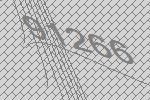
91266